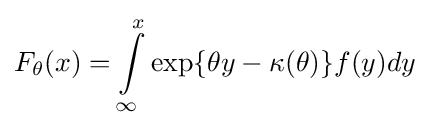
F_{\theta }(x)=\int \limits _{\infty }^{x}\exp\{\theta y-\kappa (\theta )\}f(y)dy